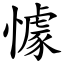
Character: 懅